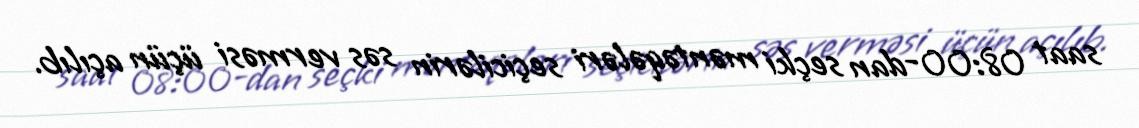
saat 08:00-dan seçki məntəqələri seçicilərin səs verməsi üçün açılıb.